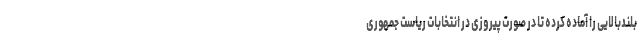
بلندبالایی را آماده کرده تا در صورت پیروزی در انتخابات ریاست جمهوری